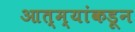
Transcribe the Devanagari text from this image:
आत्म्यांकडून